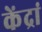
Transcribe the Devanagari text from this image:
केंद्रां